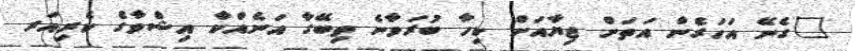
"ގެނޭ އަހަރެން އަތަށް ޖިޔާއަށް ކިހާ ބުރަވާނެ ތިބޭގާ އަނެއްކާ އިޝްވާގެ ކެރިއަރ